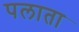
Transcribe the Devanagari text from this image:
पलाता